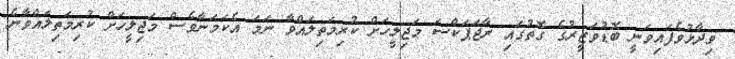
ވިދާޅުވެފައިވަނީ ބޮޑުވަޒީރުގެ ގޮތުގައި ރާޖަޕަކްސަ މަޖިލީހަށް ކުރިމަތިލައްވާ ނަމަ އެކަމަނާވެސް މަޖިލީހަށް ކުރިމަތިލައްވާނެ